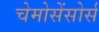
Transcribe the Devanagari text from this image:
चेमोसेंसोर्स